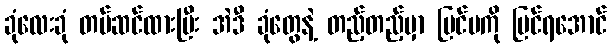
ခုံလေးခုံ တပ်ဆင်ထားပြီး အဲဒီ ခုံတွေနဲ့ တည့်တည့်မှာ ပြင်ပကို မြင်ရအောင်